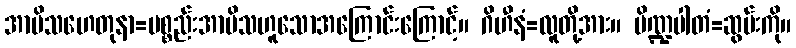
အာမိသဟေတုနာ=ပစ္စည်းအာမိသဟူသောအကြောင်းကြောင့်။ ဂိဟီနံ=လူတို့အား။ ပိဏ္ဍပါတံ=ဆွမ်းကို။